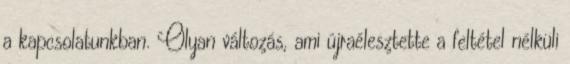
a kapcsolatunkban. Olyan változás, ami újraélesztette a feltétel nélküli